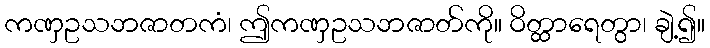
ကဏှဥသဘဇာတကံ၊ ဤကဏှဥသဘဇာတ်ကို။ ဝိတ္ထာရေတွာ၊ ချဲ့၍။